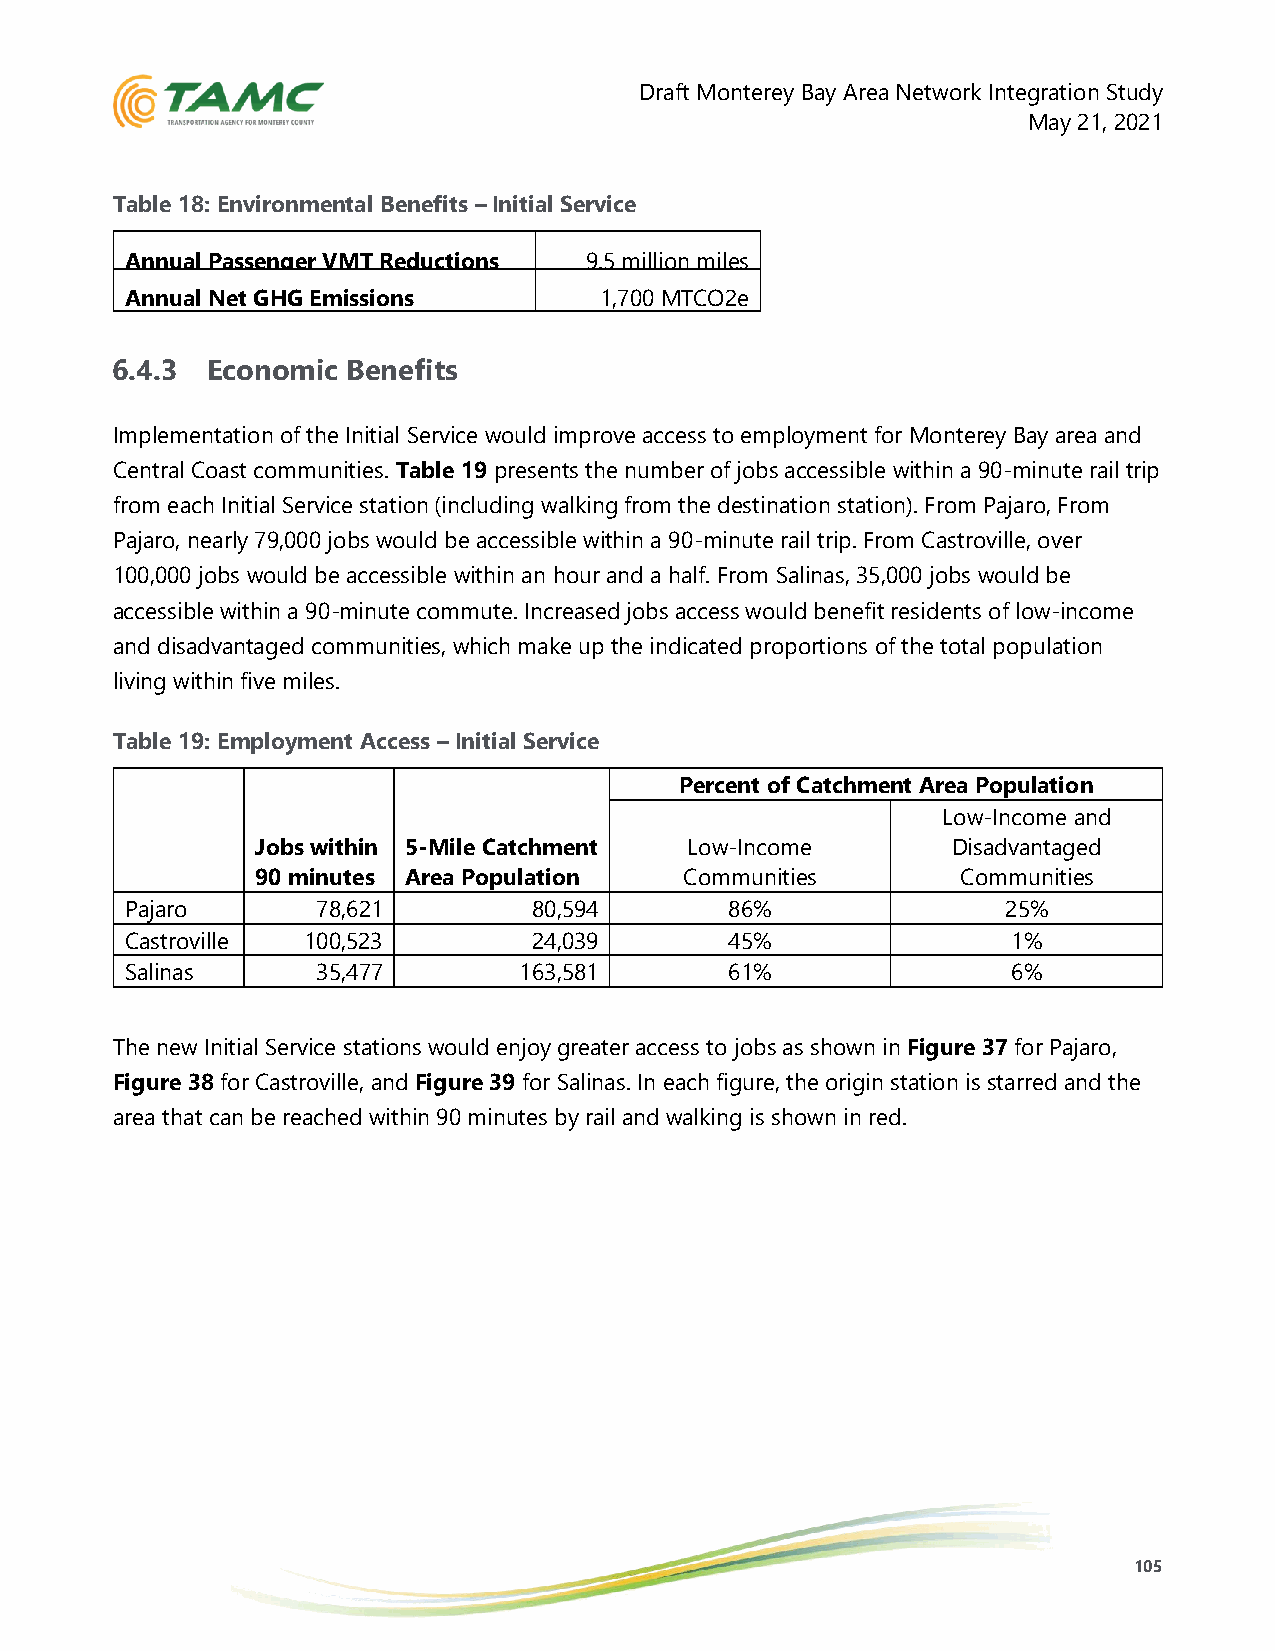
Draft Monterey Bay Area Network Integration Study
 May 21, 2021
 Table 18: Environmental Benefits – Initial Service
 Annual Passenger VMT Reductions 9.5 million miles
 Annual Net GHG Emissions        1,700 MTCO2e
 Reductions
 6.4.3  Economic Benefits
 Implementation of the Initial Service would improve access to employment for Monterey Bay area and
 Central Coast communities. Table 19 presents the number of jobs accessible within a 90-minute rail trip
 from each Initial Service station (including walking from the destination station). From Pajaro, From
 Pajaro, nearly 79,000 jobs would be accessible within a 90-minute rail trip. From Castroville, over
 100,000 jobs would be accessible within an hour and a half. From Salinas, 35,000 jobs would be
 accessible within a 90-minute commute. Increased jobs access would benefit residents of low-income
 and disadvantaged communities, which make up the indicated proportions of the total population
 living within five miles.
 Table 19: Employment Access – Initial Service
 Percent of Catchment Area Population
 Low-Income and
 Jobs within 5-Mile Catchment Low-Income       Disadvantaged
 90 minutes Area Population  Communities        Communities
 Pajaro       78,621        80,594       86%                25%
 Castroville 100,523        24,039       45%                1%
 Salinas      35,477       163,581       61%                6%
 The new Initial Service stations would enjoy greater access to jobs as shown in Figure 37 for Pajaro,
 Figure 38 for Castroville, and Figure 39 for Salinas. In each figure, the origin station is starred and the
 area that can be reached within 90 minutes by rail and walking is shown in red.
 105